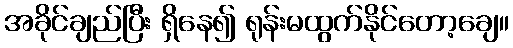
အခိုင်ချည်ပြီး ရှိနေ၍ ရုန်းမထွက်နိုင်တော့ချေ။